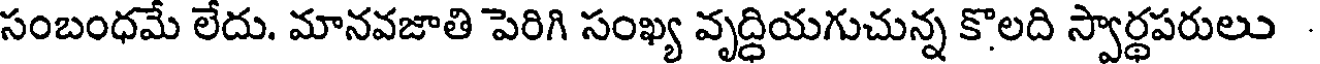
సంబంధమే లేదు. మానవజాతి పెరిగి సంఖ్య వృద్ధియగుచున్న కొలది స్వార్థపరులు